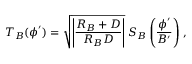
T _ { B } ( \boldsymbol \phi ^ { \prime } ) = \sqrt { \left| { \frac { R _ { B } + D } { R _ { B } D } } \right| } \; S _ { B } \left( { \frac { \boldsymbol \phi ^ { \prime } } { B ^ { \prime } } } \right) \, ,